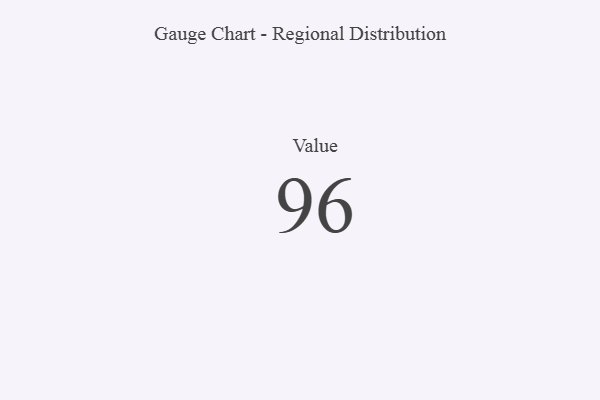
{"axis": {"x": "Metric", "y": "Value"}, "legend": [""], "data": [{"x": "Value", "y": 96, "type": ""}]}